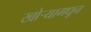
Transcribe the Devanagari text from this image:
खोर्‍यामधून